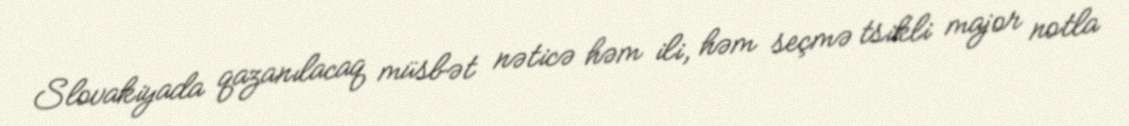
Slovakiyada qazanılacaq müsbət nəticə həm ili, həm seçmə tsikli major notla